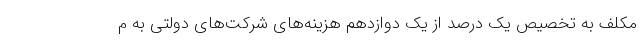
مکلف به تخصیص یک درصد از یک دوازدهم هزینه‌های شرکت‌های دولتی به م